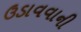
ઉડાવવાની